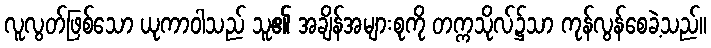
လူလွတ်ဖြစ်သော ယုကာဝါသည် သူ၏ အချိန်အများစုကို တက္ကသိုလ်၌သာ ကုန်လွန်စေခဲ့သည်။